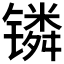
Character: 𬭸